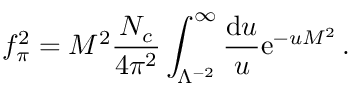
f _ { \pi } ^ { 2 } = M ^ { 2 } { \frac { N _ { c } } { 4 \pi ^ { 2 } } } \int _ { \Lambda ^ { - 2 } } ^ { \infty } { \frac { \mathrm { d } u } { u } } \mathrm { e } ^ { - u M ^ { 2 } } \, .